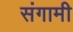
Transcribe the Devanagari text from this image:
संगामी